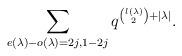
LaTeX: \begin{align*}\sum_{e(\lambda) - o(\lambda) = 2j, 1- 2j} q^{\binom{l(\lambda)}{2} + |\lambda|}.\end{align*}